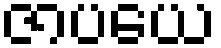
ဇာပယေ